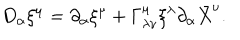
LaTeX: D _ { \alpha } \xi ^ { \mu } = \partial _ { \alpha } \xi ^ { \mu } + \Gamma _ { \lambda \nu } ^ { \mu } \xi ^ { \lambda } \partial _ { \alpha } \bar { X } ^ { \nu } .